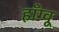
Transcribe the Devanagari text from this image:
हाँग्वू